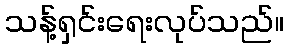
သန့်ရှင်းရေးလုပ်သည်။